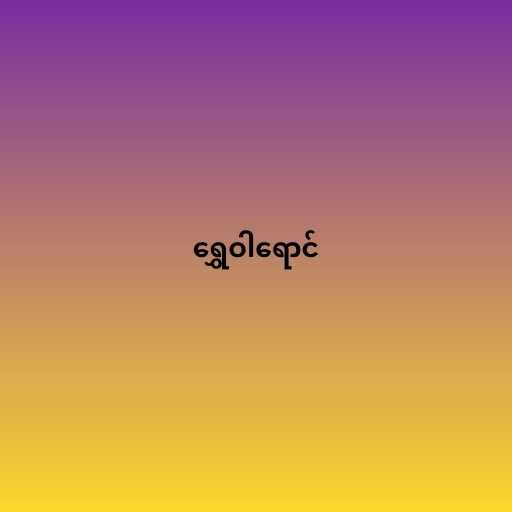
ရွှေဝါရောင်